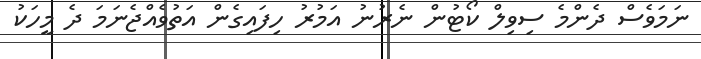
ނަމަވެސް ދެންމެ ސިވިލް ކޯޓުން ނެރުނު އަމުރު ހިފައިގެން އަތުވެއްޖެނަމަ ދެ މީހަކު